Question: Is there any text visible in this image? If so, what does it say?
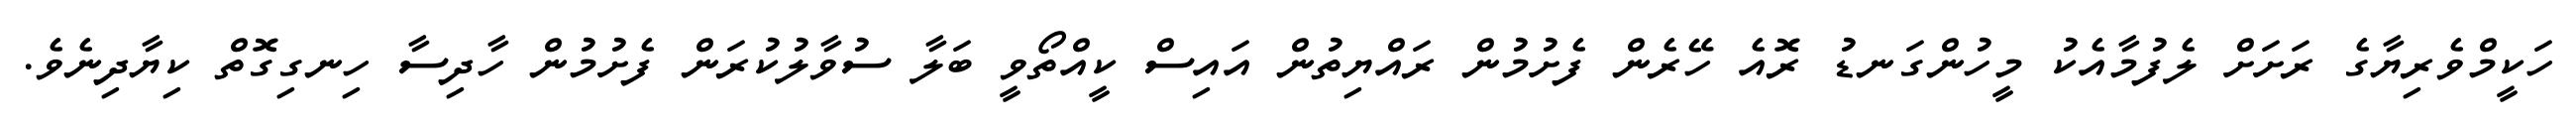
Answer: ހަކީމްވެރިޔާގެ ރަށަށް ލެފުމާއެކު މީހުންގަނޑު ރޮއެ ހޭރެން ފެށުމުން ރައްޔިތުން އައިސް ކީއްތޯވީ ބަލާ ސުވާލުކުރަން ފެށުމުން ހާދިސާ ހިނގިގޮތް ކިޔާދިނެވެ.